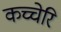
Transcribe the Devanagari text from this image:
कच्चेरि